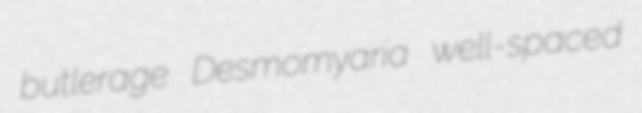
butlerage Desmomyaria well-spaced